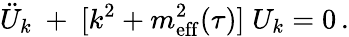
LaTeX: \ddot{U}_{k}~+~[k^{2}+m_{\mathrm{eff}}^{2}(\tau)]\; U_{k}=0\, .